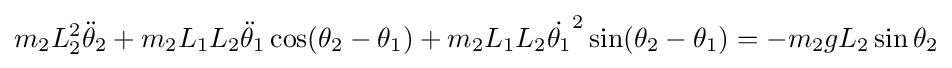
m_{2}L_{2}^{2}{\ddot {\theta }}_{2}+m_{2}L_{1}L_{2}{\ddot {\theta }}_{1}\cos(\theta _{2}-\theta _{1})+m_{2}L_{1}L_{2}{\dot {\theta _{1}}}^{2}\sin(\theta _{2}-\theta _{1})=-m_{2}gL_{2}\sin \theta _{2}